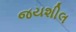
જયશીલ